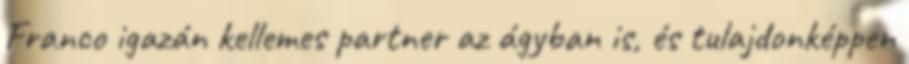
Franco igazán kellemes partner az ágyban is, és tulajdonképpen